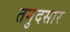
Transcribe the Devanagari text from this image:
तनुदसार